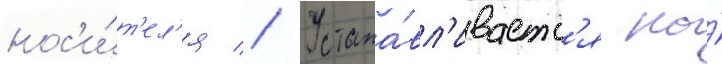
нос'и́т'ел'я // Устана́вл'иваетс'я на́